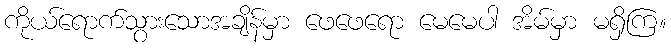
ကိုယ်ရောက်သွားသောအချိန်မှာ ဖေဖေရော မေမေပါ အိမ်မှာ မရှိကြ။